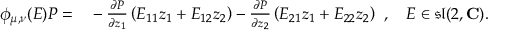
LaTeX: { \begin{array} { r l } { \phi _ { \mu , \nu } ( E ) P = } & { { } - { \frac { \partial P } { \partial z _ { 1 } } } \left( E _ { 1 1 } z _ { 1 } + E _ { 1 2 } z _ { 2 } \right) - { \frac { \partial P } { \partial z _ { 2 } } } \left( E _ { 2 1 } z _ { 1 } + E _ { 2 2 } z _ { 2 } \right) } \end{array} } , \quad E \in { \mathfrak { s l } } ( 2 , \mathbf { C } ) .